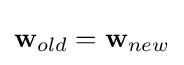
\mathbf {w} _{old}=\mathbf {w} _{new}